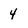
Character: 4